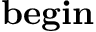
\mathbf { b e g i n }